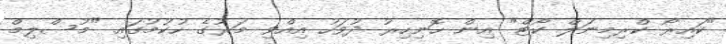
"ކައިރޯ ކްރިމިނަލް ކޯޓް" އިން ހޮނިހިރު ދުވަހު އިއްވި މަރުގެ ހުކުމުގައި "މުސްލިމް